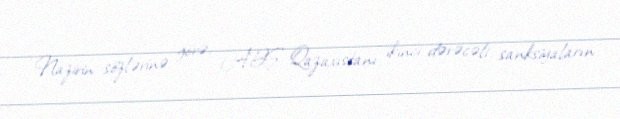
Nazirin sözlərinə görə, ABŞ Qazaxıstanı ikinci dərəcəli sanksiyaların